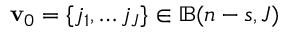
\mathbf { v } _ { 0 } = \{ j _ { 1 } , \dots j _ { J } \} \in \mathbb { B } ( n - s , J )